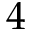
4